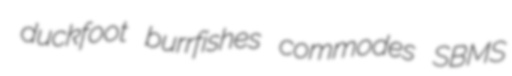
duckfoot burrfishes commodes SBMS